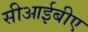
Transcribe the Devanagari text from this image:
सीआईबीए